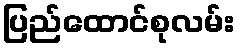
ပြည်ထောင်စုလမ်း